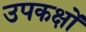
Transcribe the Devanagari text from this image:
उपकक्षों